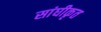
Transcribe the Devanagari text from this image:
सांघीकृत